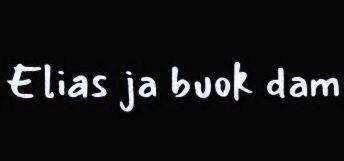
Elias ja buok dam